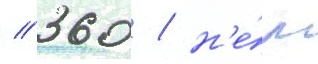
// 360 / н'е́м